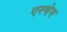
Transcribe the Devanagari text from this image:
एस्चेम